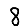
Digit: 8